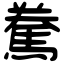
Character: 駦